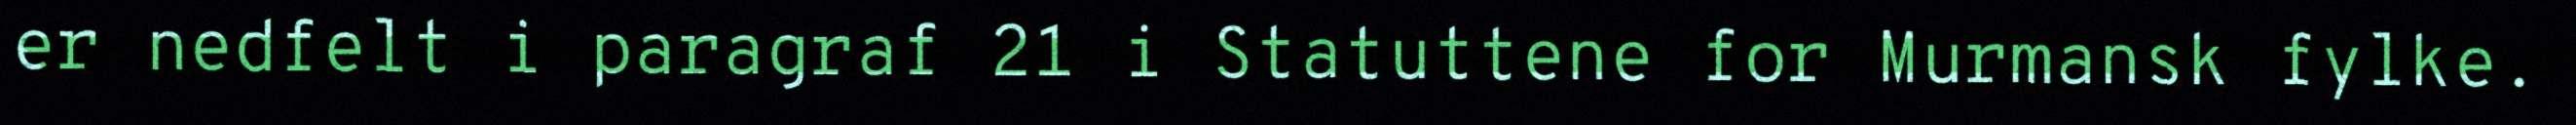
er nedfelt i paragraf 21 i Statuttene for Murmansk fylke.